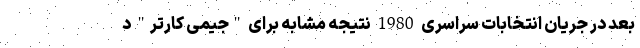
بعد در جریان انتخابات سراسری 1980 نتیجه مشابه برای "جیمی کارتر" د